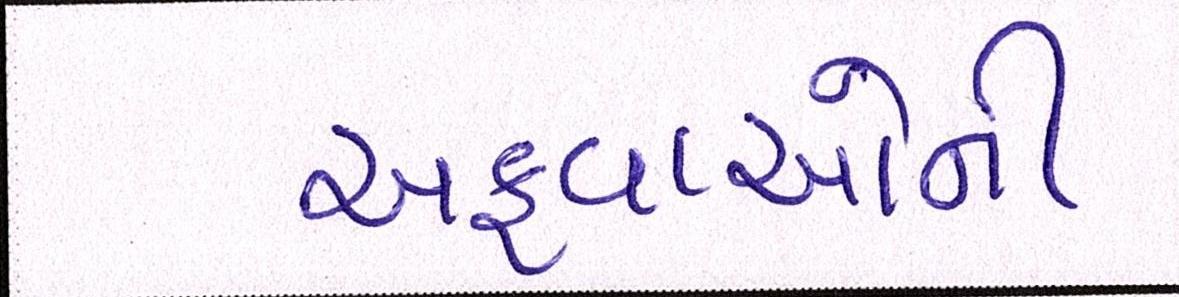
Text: અફવાઓની